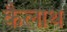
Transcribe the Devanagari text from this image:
कैलाथ